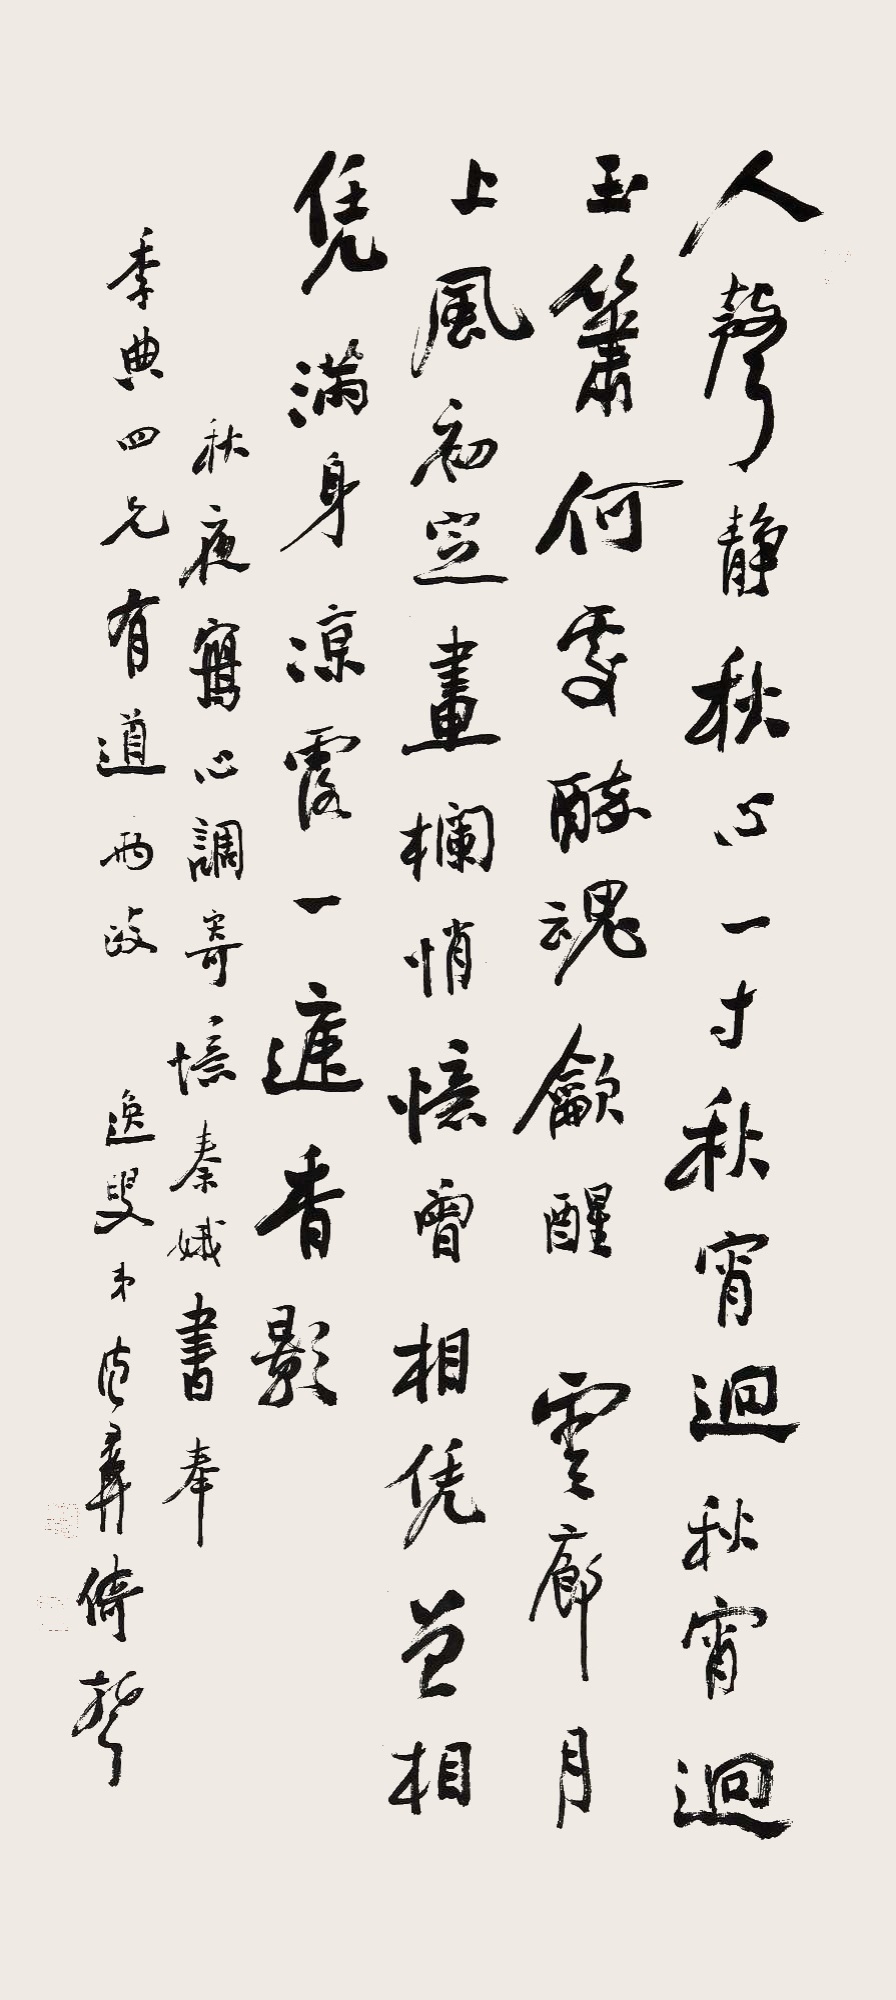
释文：人声静，秋心一寸秋宵迥，秋宵迥，玉箫何处，醉魂龡醒。云廊月上风初定，画栏悄忆曾相凭。曾相凭，满身凉露，一庭香影。秋夜写心，调寄《忆秦娥》。书奉季典四兄有道两政，逸叟弟德彝倚声。